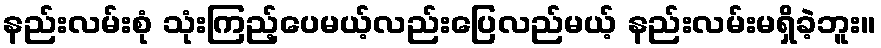
နည်းလမ်းစုံ သုံးကြည့်ပေမယ့်လည်းပြေလည်မယ့် နည်းလမ်းမရှိခဲ့ဘူး။